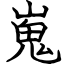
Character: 嵬